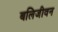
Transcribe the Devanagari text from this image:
बलिजीवन